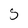
Character: S